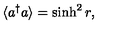
\langle a ^ { \dagger } a \rangle = \sinh ^ { 2 } r ,